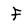
Character: f